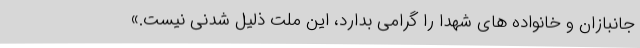
جانبازان و خانواده‌ های شهدا را گرامی بدارد، این ملت ذلیل‌ شدنی نیست.»